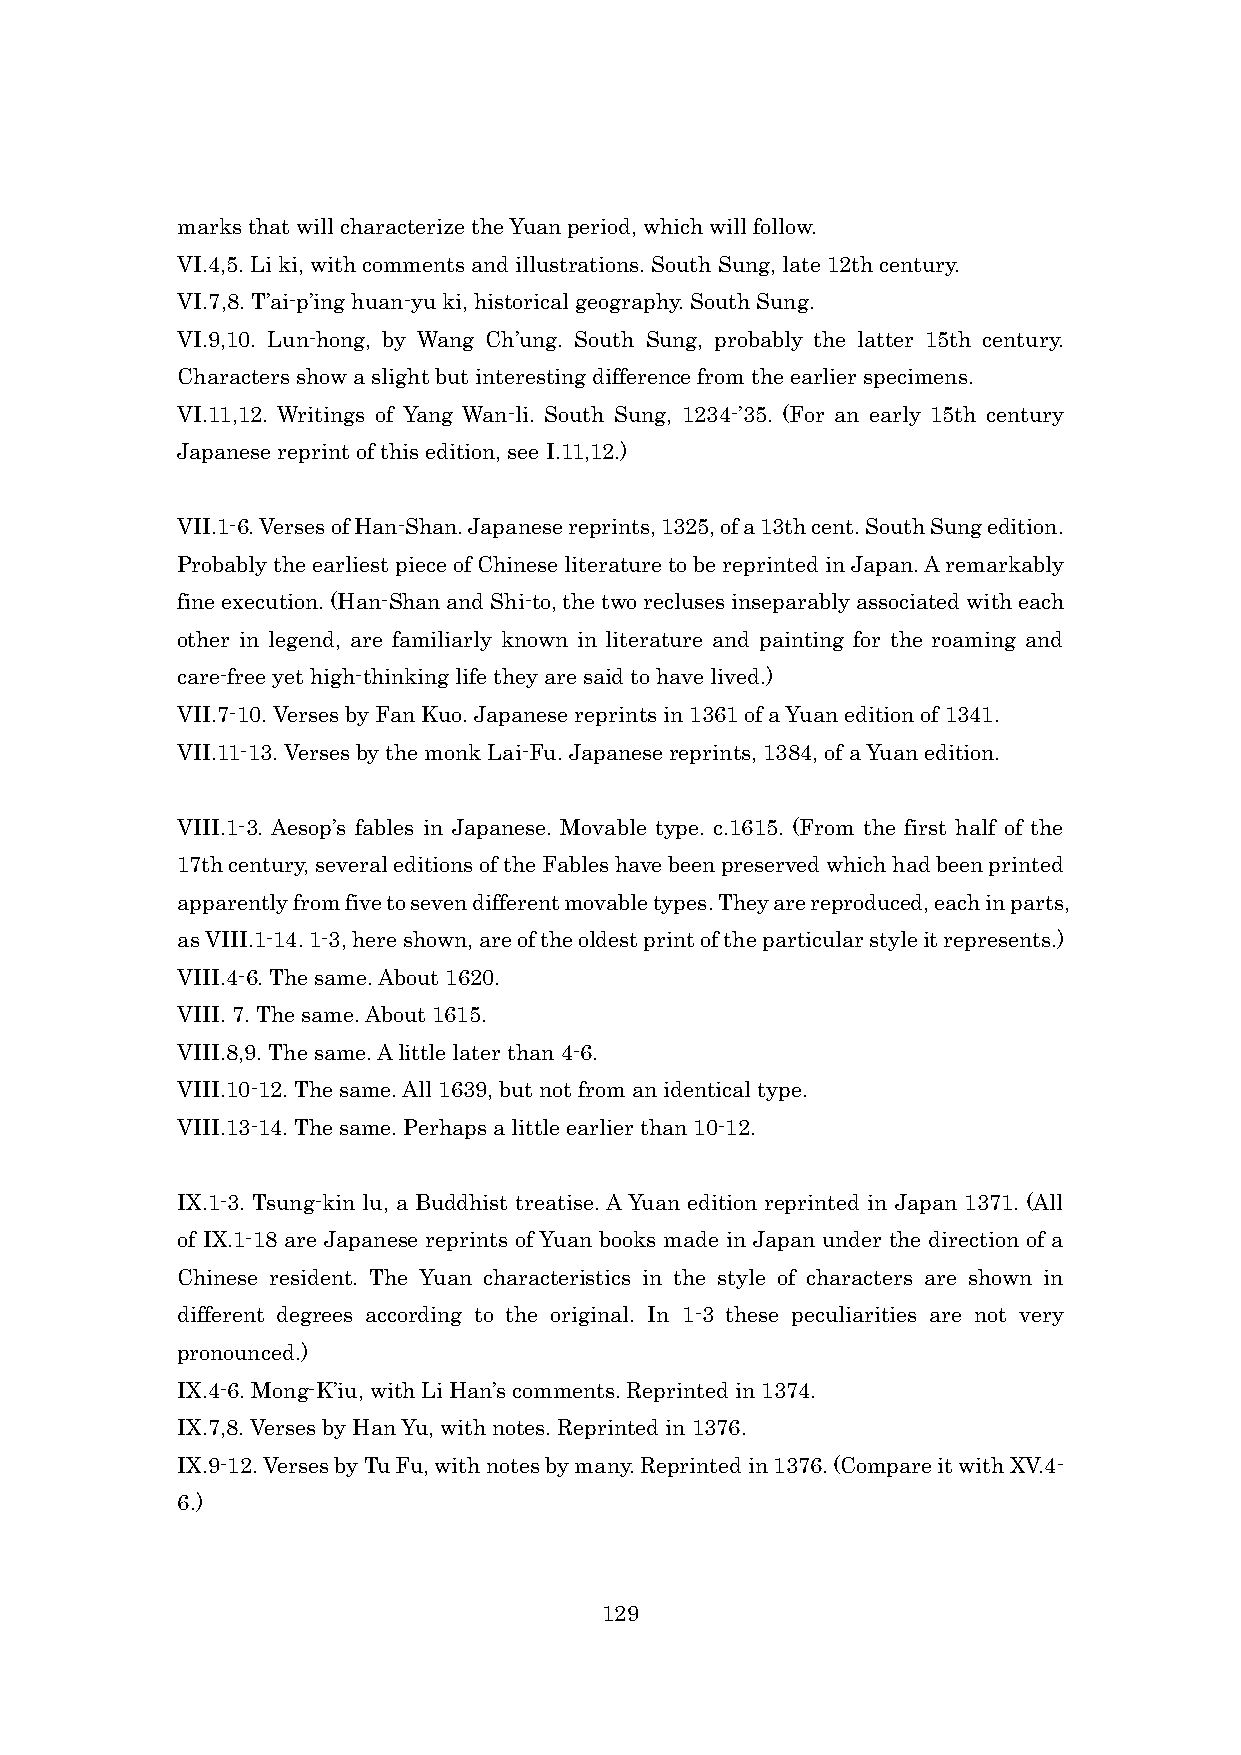
marks that will characterize the Yuan period, which will follow.
 VI.4,5. Li ki, with comments and illustrations. South Sung, late 12th century.
 VI.7,8. T’ai-p’ing huan-yu ki, historical geography. South Sung.
 VI.9,10. Lun-hong, by Wang Ch’ung. South Sung, probably the latter 15th century.
 Characters show a slight but interesting difference from the earlier specimens.
 VI.11,12. Writings of Yang Wan-li. South Sung, 1234-’35. (For an early 15th century
 Japanese reprint of this edition, see I.11,12.)
 VII.1-6. Verses of Han-Shan. Japanese reprints, 1325, of a 13th cent. South Sung edition.
 Probably the earliest piece of Chinese literature to be reprinted in Japan. A remarkably
 fine execution. (Han-Shan and Shi-to, the two recluses inseparably associated with each
 other in legend, are familiarly known in literature and painting for the roaming and
 care-free yet high-thinking life they are said to have lived.)
 VII.7-10. Verses by Fan Kuo. Japanese reprints in 1361 of a Yuan edition of 1341.
 VII.11-13. Verses by the monk Lai-Fu. Japanese reprints, 1384, of a Yuan edition.
 VIII.1-3. Aesop’s fables in Japanese. Movable type. c.1615. (From the first half of the
 17th century, several editions of the Fables have been preserved which had been printed
 apparently from five to seven different movable types. They are reproduced, each in parts,
 as VIII.1-14. 1-3, here shown, are of the oldest print of the particular style it represents.)
 VIII.4-6. The same. About 1620.
 VIII. 7. The same. About 1615.
 VIII.8,9. The same. A little later than 4-6.
 VIII.10-12. The same. All 1639, but not from an identical type.
 VIII.13-14. The same. Perhaps a little earlier than 10-12.
 IX.1-3. Tsung-kin lu, a Buddhist treatise. A Yuan edition reprinted in Japan 1371. (All
 of IX.1-18 are Japanese reprints of Yuan books made in Japan under the direction of a
 Chinese resident. The Yuan characteristics in the style of characters are shown in
 different degrees according to the original. In 1-3 these peculiarities are not very
 pronounced.)
 IX.4-6. Mong-K’iu, with Li Han’s comments. Reprinted in 1374.
 IX.7,8. Verses by Han Yu, with notes. Reprinted in 1376.
 IX.9-12. Verses by Tu Fu, with notes by many. Reprinted in 1376. (Compare it with XV.4-
 6.)
 129